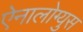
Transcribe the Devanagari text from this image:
ऐनालोग्युस